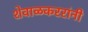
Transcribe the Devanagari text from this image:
शेवाळकररांनी